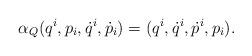
LaTeX: \begin{align*} \alpha_Q(q^i,p_i,\dot{q}^i,\dot{p}_i)=(q^i,\dot{q}^i, \dot{p}^i, p_i).\end{align*}